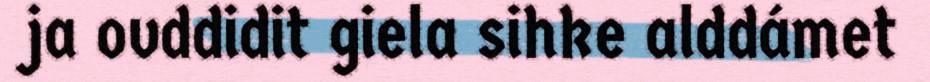
ja ovddidit giela sihke alddámet